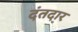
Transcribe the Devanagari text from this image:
दंतदार